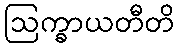
ဩက္ခာယတီတိ